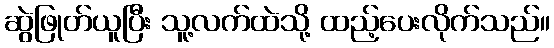
ဆွဲဖြုတ်ယူပြီး သူ့လက်ထဲသို့ ထည့်ပေးလိုက်သည်။